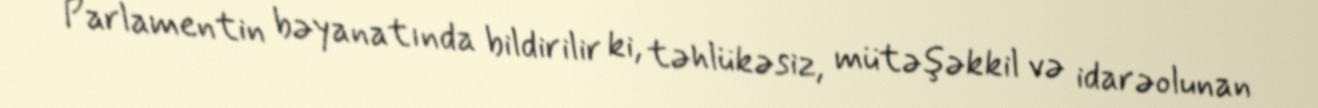
Parlamentin bəyanatında bildirilir ki, təhlükəsiz, mütəşəkkil və idarəolunan